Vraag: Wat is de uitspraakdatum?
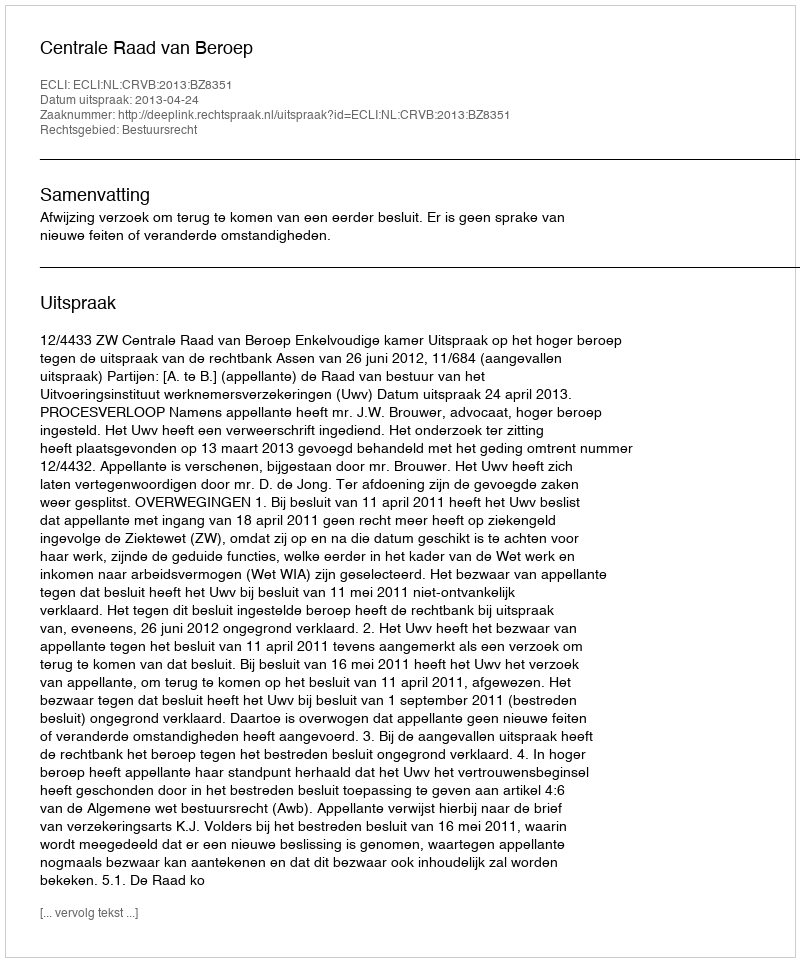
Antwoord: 2013-04-24